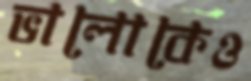
ভালোকেও